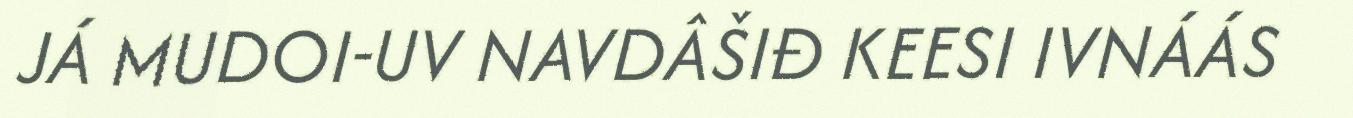
JÁ MUDOI-UV NAVDÂŠIĐ KEESI IVNÁÁS